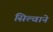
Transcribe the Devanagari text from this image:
सिल्वाने